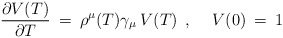
\begin{align*}\frac{\partial V(T)}{\partial T} \> = \>\rho^{\mu}(T)\gamma_{\mu} \> V(T) \> \> , \hspace{0.5cm} V(0) \> = \>1\end{align*}